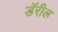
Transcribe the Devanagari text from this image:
डॅरील